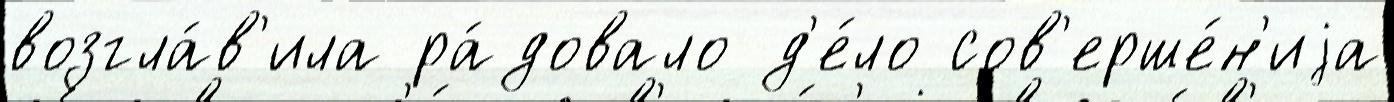
возгла́в'ила ра́довало д'е́ло сов'ерше́н'иjа